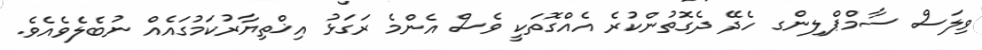
ވިލަސް ސާމްޕްލިންގ ހެދޭ ދެގޮތުންކުރެ އެއްގޮތަކީ ވެސް އެންމެ ރަގަޅު އިޚްތިޔާރުކަމުގައެއް ނުބެލެވެއެވެ.